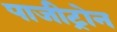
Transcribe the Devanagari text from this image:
पाजीट्रोन